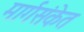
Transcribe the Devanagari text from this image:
मार्गसंकेत